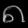
Digit: ၈